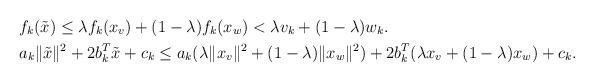
LaTeX: \begin{align*} &f_k(\Tilde{x})\le\lambda f_k(x_v)+(1-\lambda)f_k(x_w)<\lambda v_k+(1-\lambda)w_k.\\ &a_k \|\Tilde{x}\|^2+2b_k^T\Tilde{x}+c_k\le a_k(\lambda \|x_v\|^2 + (1-\lambda)\|x_w\|^2)+2b_k^T(\lambda x_v + (1-\lambda)x_w)+c_k. \end{align*}